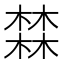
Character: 𱤏